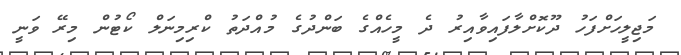
މަޖިލީހަށްފަހު ދޫކޮށްލާފައިވާއިރު ދެ މީހެއްގެ ބަންދުގެ މުއްދަތު ކްރިމިނަލް ކޯޓުން މިރޭ ވަނީ